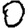
Digit: 0